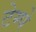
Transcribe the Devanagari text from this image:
टेम्पे